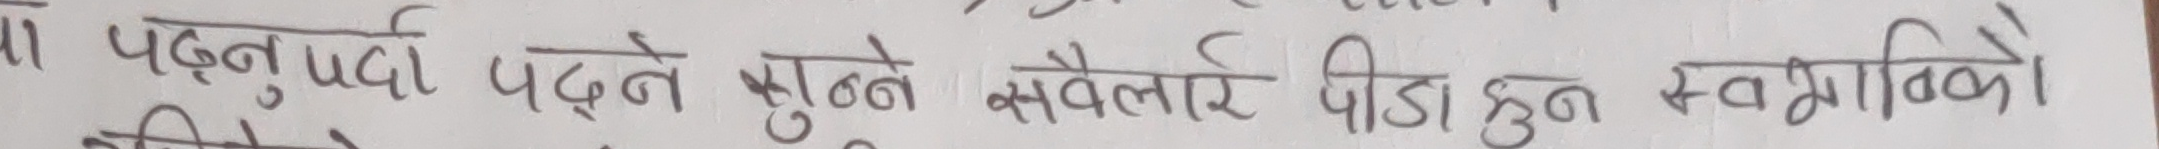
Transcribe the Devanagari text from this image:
पढ्नु पर्दा पढ्ने सुन्ने सबैलाई पीडा हुन स्वभाविक हो।